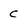
Character: c